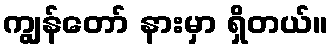
ကျွန်တော် နားမှာ ရှိတယ်။